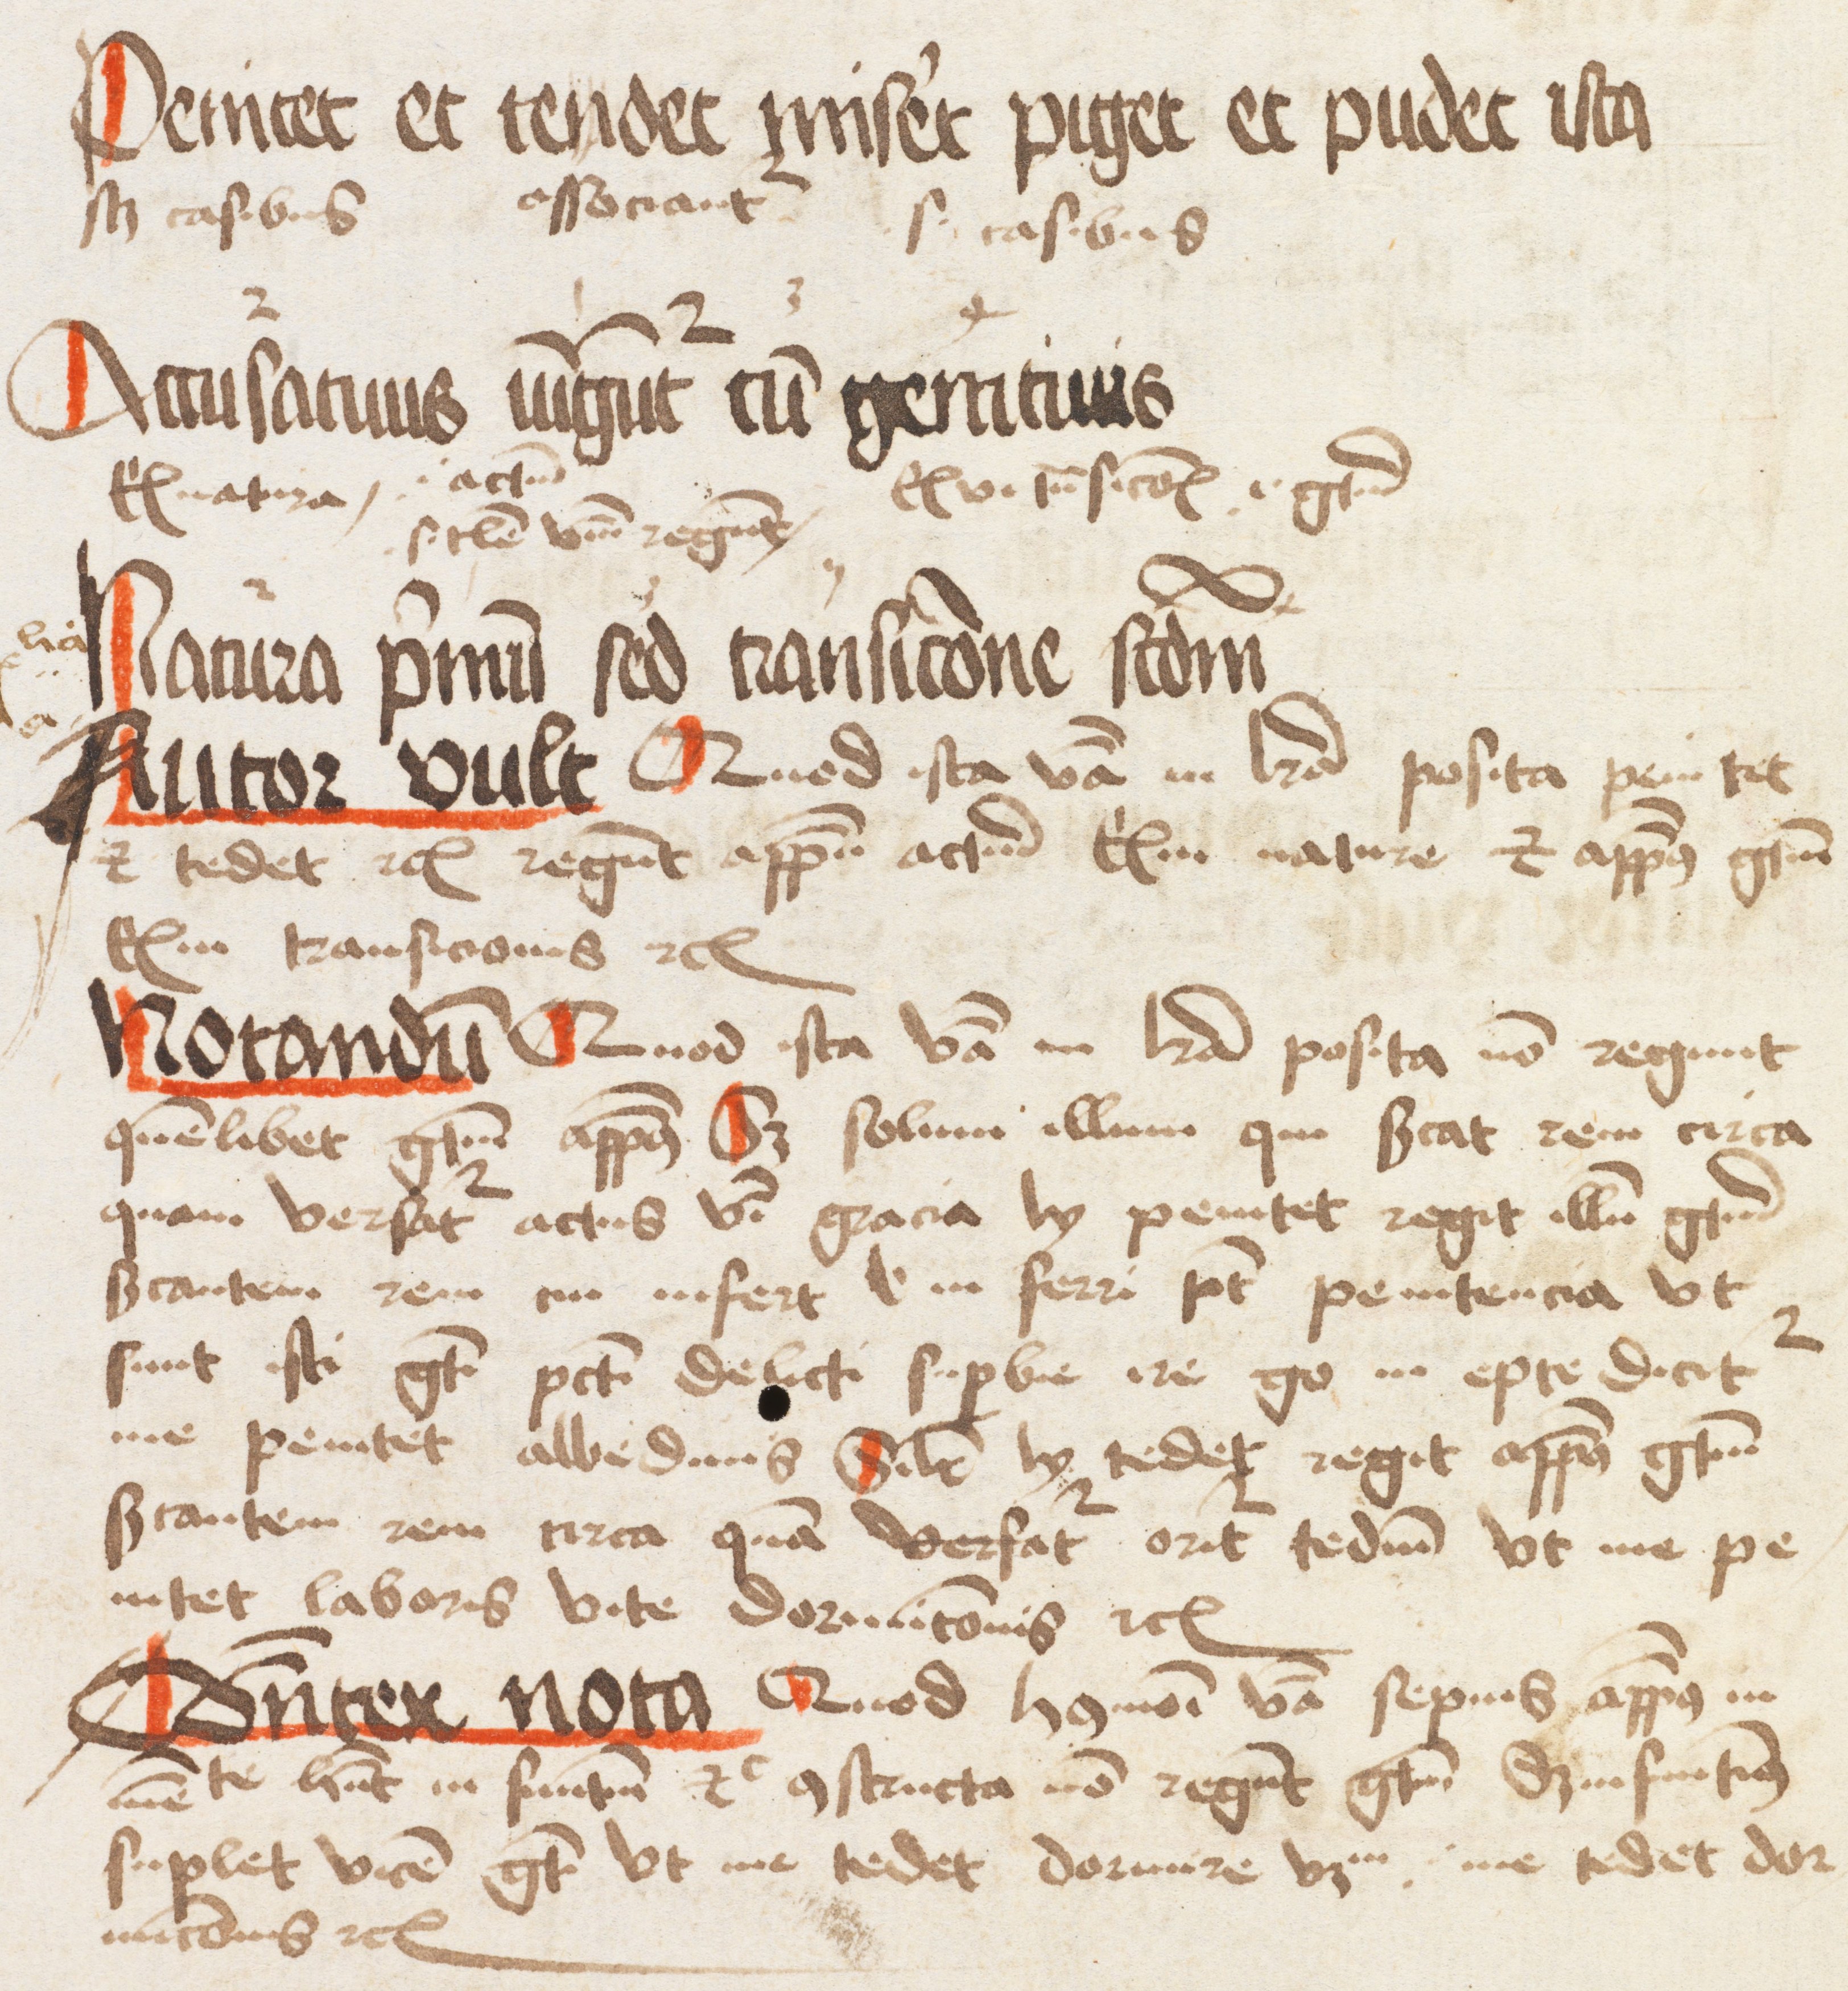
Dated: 1475–1499